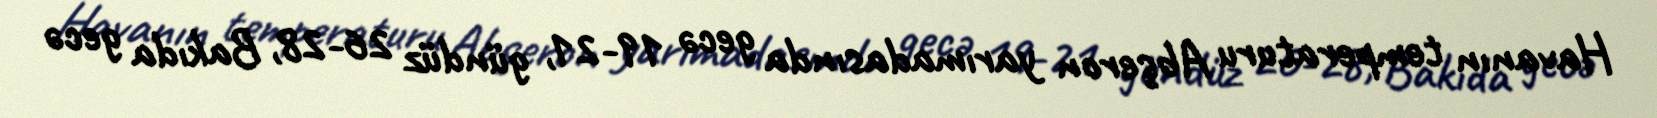
Havanın temperaturu Abşeron yarımadasında gecə 19-21, gündüz 26-28, Bakıda gecə